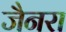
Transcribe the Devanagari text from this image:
जैनरा